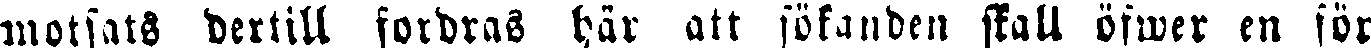
motsats dertill fordras har att sökanden skall öfwer en för